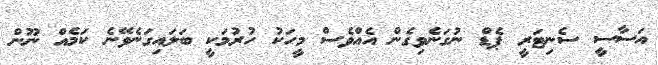
އަސާސީ ސެނިޓަރީ ޕެޑް ނުގަނެވިގެން އެއްވެސް މީހަކު ހުރުމަކީ ބަލައިގަނެވޭނެ ކަމެއް ނޫން